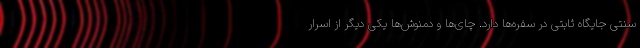
سنتی جایگاه ثابتی در سفره‌ها دارد. چای‌ها و دمنوش‌ها یکی دیگر از اسرار